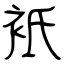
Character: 衹